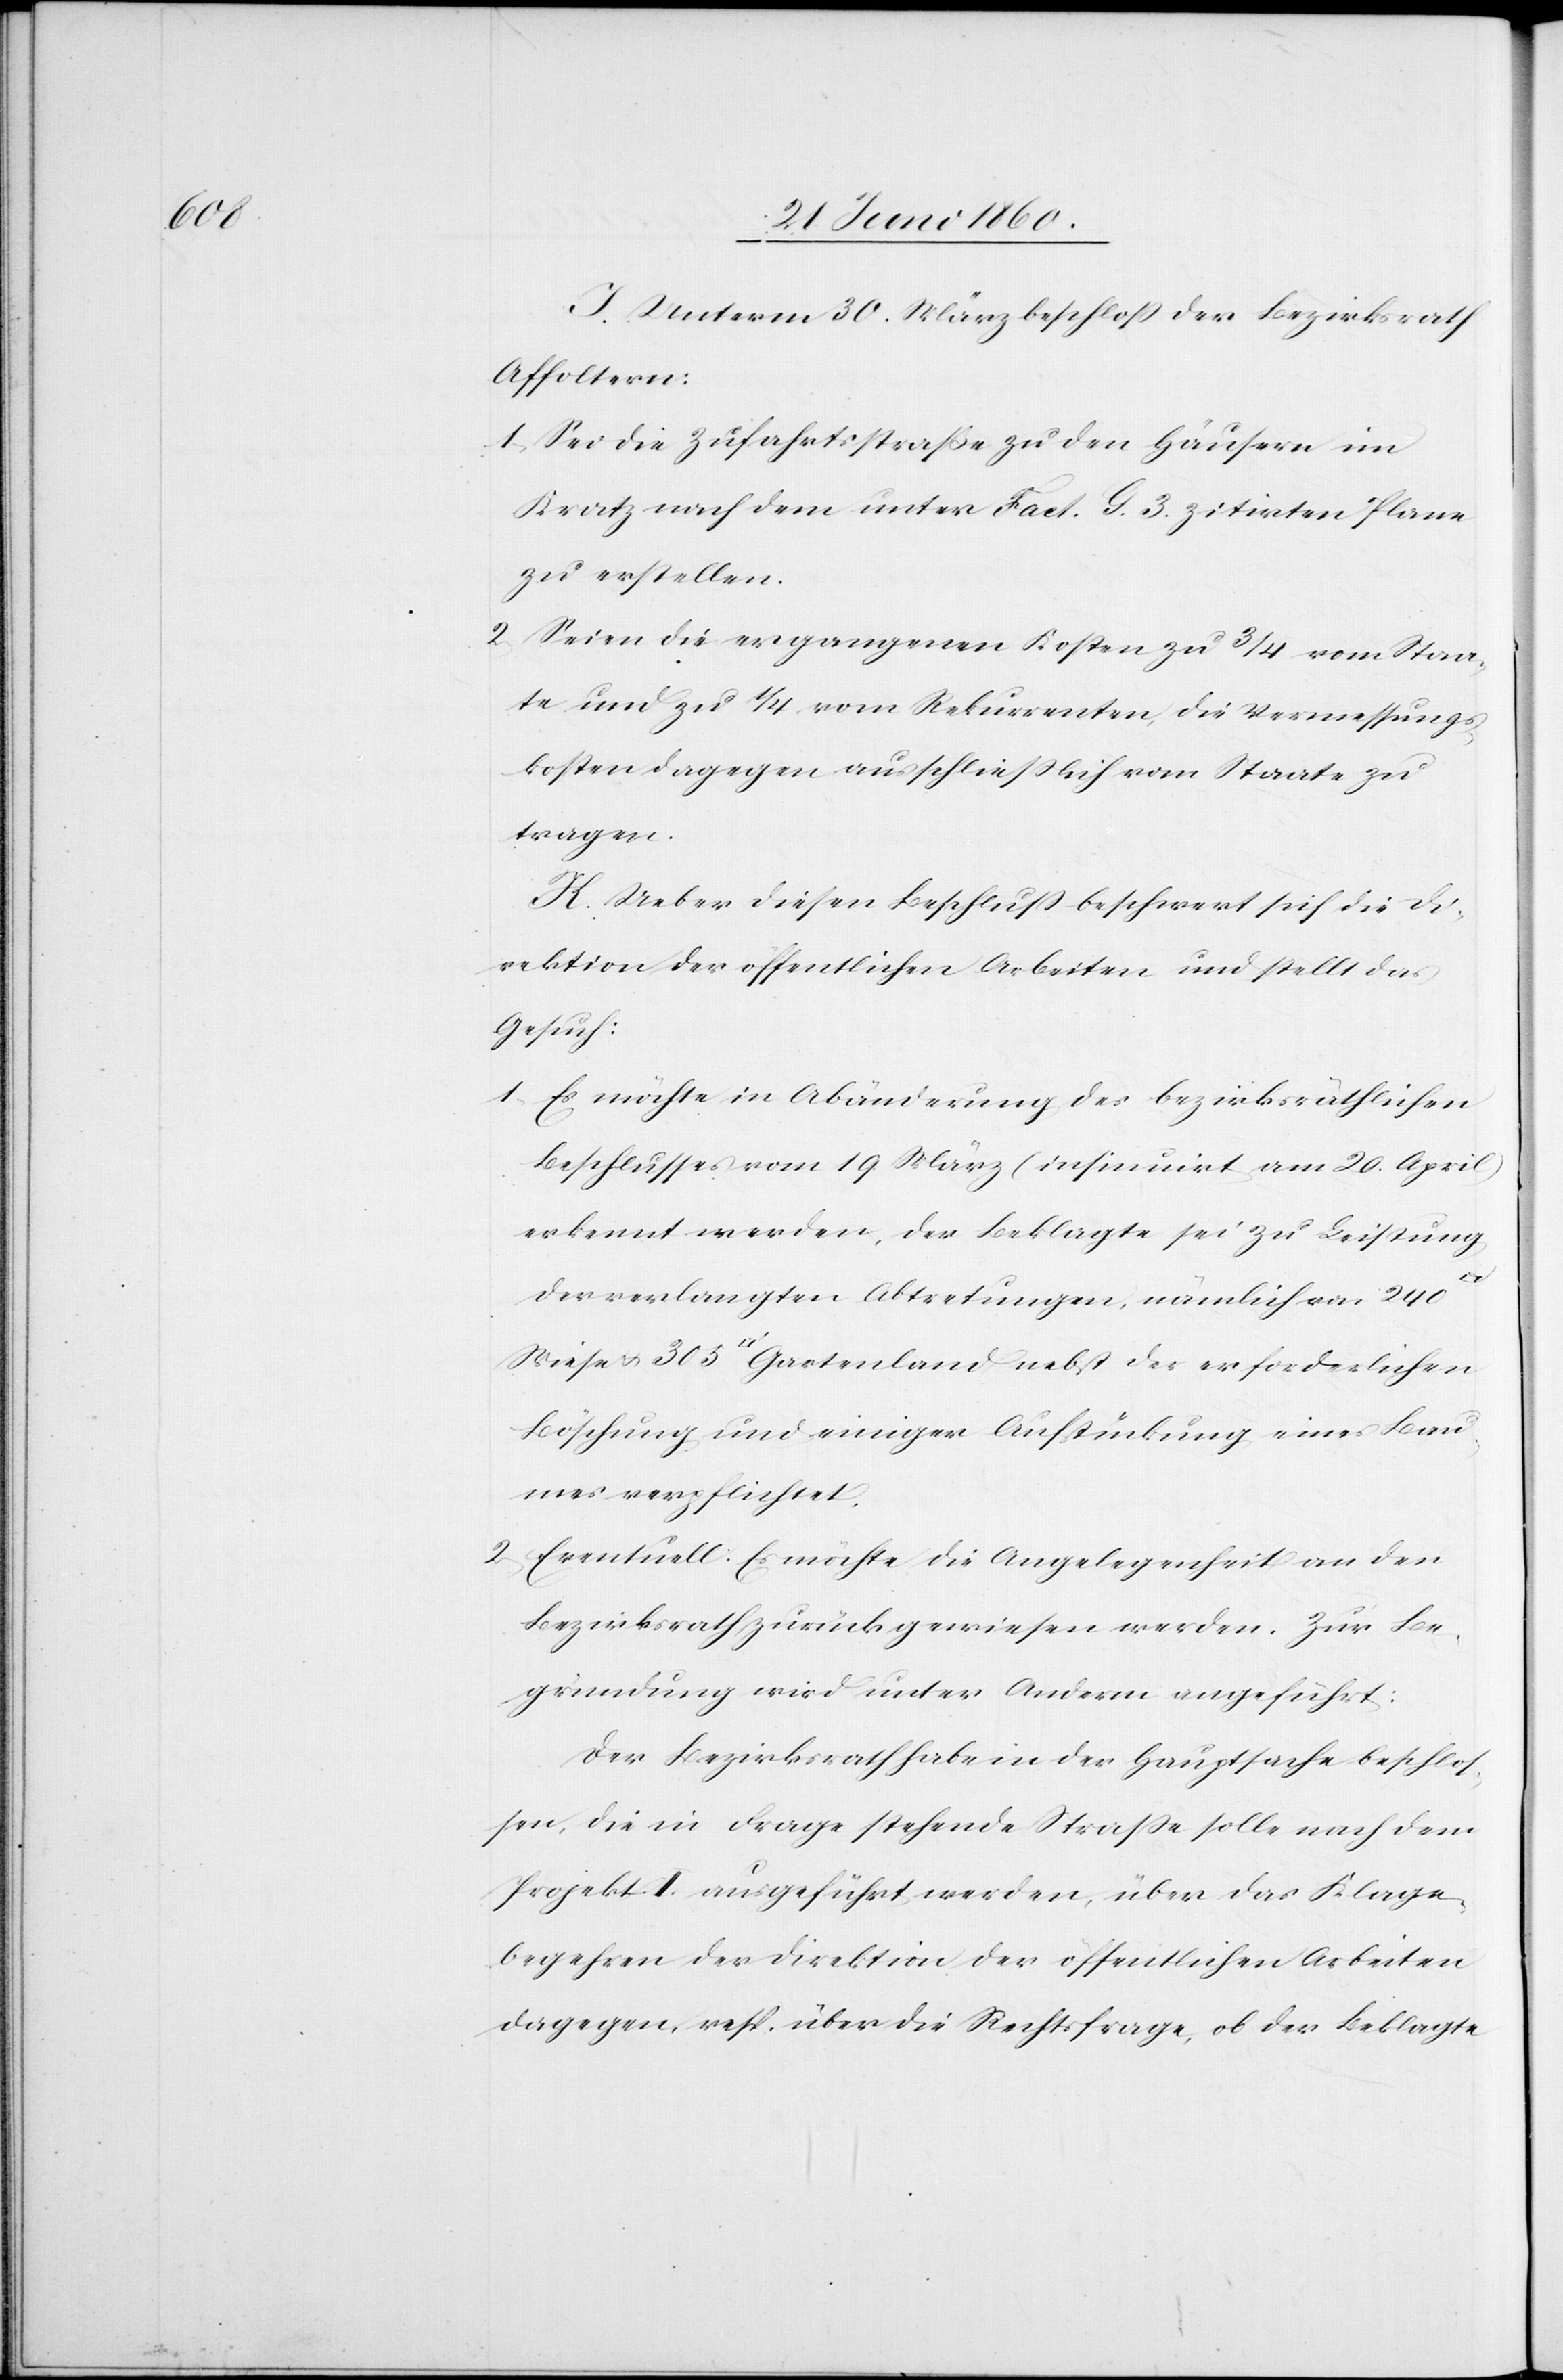
305

J. Unterm 30. März beschloss der Bezirksrath
Affoltern:
1. Sei die Zufahrtsstraße zu den Häusern im
Kratz nach dem unter Fact. G. 3. zitirten Plane
zu erstellen.
2. Seien die ergangenen Kosten zu 3/4 vom Staa¬
te und zu 1/4 vom Rekurrenten, die Vermessungs¬
kosten dagegen ausschliesslich vom Staate zu
tragen.
K. Ueber diesen Beschluss beschwert sich die Di¬
rektion der öffentlichen Arbeiten und stellt das
Gesuch:
1. Es möchte in Abänderung des bezirksräthlichen
Beschlusses vom 19. März (insinuirt am 20. April)
erkennt werden, der Beklagte sei zu Leistung
der
der verlangten Abtretungen, nämlich von 240
Böschung und einiger Ausstückung eines Bau¬
mes verpflichtet.
2. Eventuell: Es möchte die Angelegenheit an den
Bezirksrath zurückgewiesen werden. Zur Be¬
gründung wird unter Anderm angeführt:
Der Bezirksrath habe in der Hauptsache beschlos¬
sen, die in Frage stehende Strasse solle nach dem
Projekt II. ausgeführt werden, über das Klage¬
begehren der Direktion der öffentlichen Arbeiten
dagegen resp. über die Rechtsfrage, ob der Beklagte